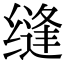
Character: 缝